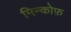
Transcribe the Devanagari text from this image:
मिन्कोफ़